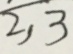
\overline { 2 } , 3